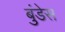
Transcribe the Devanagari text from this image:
बुंडेस